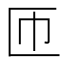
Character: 匝